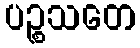
ပဉ္စသတေ